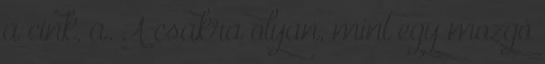
a cink, a. A csakra olyan, mint egy mozgó